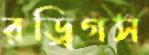
রড্রিগস